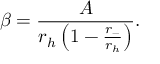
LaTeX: \beta = { \frac { A } { r _ { h } \left( 1 - { \frac { r _ { - } } { r _ { h } } } \right) } } .